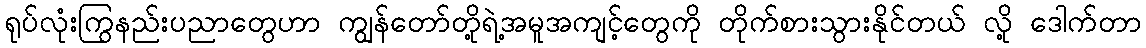
ရုပ်လုံးကြွနည်းပညာတွေဟာ ကျွန်တော်တို့ရဲ့အမူအကျင့်တွေကို တိုက်စားသွားနိုင်တယ် လို့ ဒေါက်တာ